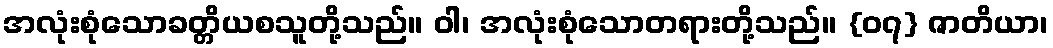
အလုံးစုံသောခတ္တိယစသူတို့သည်။ ဝါ၊ အလုံးစုံသောတရားတို့သည်။ {၀၇} ဇာတိယာ၊